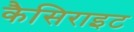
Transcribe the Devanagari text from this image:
कैसिराइट